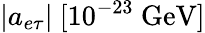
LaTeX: |a_{e\tau}|~[10^{-23}~\mathrm{{GeV}]}